Indian journal of veterinary science and animal husbandry - Volumes 24-25, 1954-1955
Year: 1954
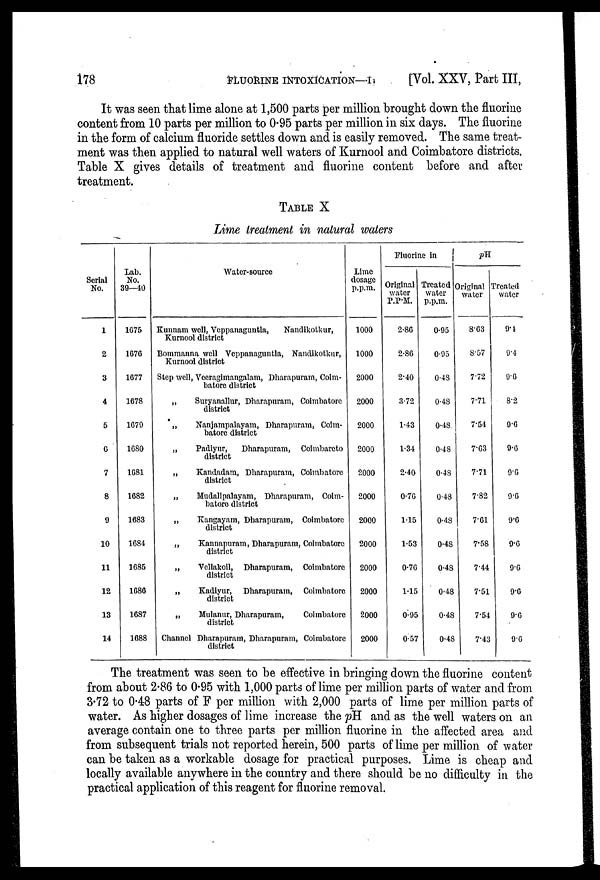
178
FLUORINE
INTOXICATION-I
[Vol. XXV, Part III,
It was seen that lime alone at 1,500 parts per million brought down the fluorine
content from 10 parts per million to 0.95 parts per million in six days. The fluorine
in the form of calcium fluoride settles down and is easily removed. The same treat-
ment was then applied to natural well waters of Kurnool and Coimbatore districts.
Table X gives details of treatment and fluorine content before and after
treatment.
TABLE X
Lime treatment in natural waters
Serial
No.
1
2
3
4
5
6
7
8
9
10
11
12
13
14
Lab.
No.
39—40
1675
1676
1677
1678
1679
1680
1681
1682
1683
1684
1685
1686
1687
1688
Water-source
Kunnam well, Veppanaguntla,
Nandikotkur,
Kurnool district
Bommanna well Veppanaguntla, Nandikotkur,
Kurnool district
Step well, Veeragimangalam, Dharapuram, Coim-
batore district
„
Suryanallur, Dharapuram, Coimbatore
district
„
Nanjampalayam, Dharapuram, Coim-
batore district
„
Padiyur,
Dharapuram, Coimbareto
district
„
Kandadam, Dharapuram, Coimbatore
district
„
Mudalipalayam, Dharapuram, Coim-
batore district
„
Kangayam, Dharapuram, Coimbatore
district
„
Kannapuram, Dharapuram, Coimbatore
district
„
Vellakoil, Dharapuram, Coimbatore
district
„
Kadiyur, Dharapuram, Coimbatore
district
„
Mulanur, Dharapuram,
Coimbatore
district
Channel Dharapuram, Dharapuram, Coimbatore
district
Lime
dosage
p.p.m.
1000
1000
2000
2000
2000
2000
2000
2000
2000
2000
2000
2000
2000
2000
Fluorine in
Original
water
P.P.M.
2.86
2.86
2.40
3.72
1.43
1.34
2.40
0.76
1.15
1.53
0.76
1.15
0.95
0.57
Treated
water
p.p.m.
0.95
0.95
0.48
0.48
0.48
0.48
0.48
0.48
0.48
0.48
0.48
0.48
0.48
0.48
pH
Original
water
8.63
8.57
7.72
7.71
7.54
7.63
7.71
7.82
7.61
7.58
7.44
7.51
7.54
7.43
Treated
water
9.4
9.4
9.6
8.2
9.6
9.6
9.6
9.6
9.6
9.6
9.6
9.6
9.6
9.6
The treatment was seen to be effective in bringing down the fluorine content
from about 2.86 to 0.95 with 1,000 parts of lime per million parts of water and from
3.72 to 0.48 parts of F per million with 2,000 parts of lime per million parts of
water. As higher dosages of lime increase the pH and as the well waters on an
average contain one to three parts per million fluorine in the affected area and
from subsequent trials not reported herein, 500 parts of lime per million of water
can be taken as a workable dosage for practical purposes. Lime is cheap and
locally available anywhere in the country and there should be no difficulty in the
practical application of this reagent for fluorine removal.